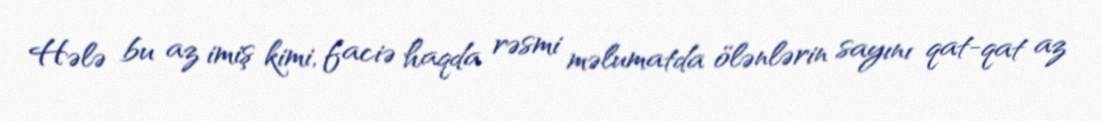
Hələ bu az imiş kimi, faciə haqda rəsmi məlumatda ölənlərin sayını qat-qat az